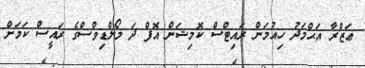
ޢަޒްރާ އަޙްމަދު ހިއުމަން ރައިޓްސް ކޮމިޝަން އޮފް ދަ މޯލްޑިވްސްގެ ރައީސް ކަމަށް